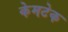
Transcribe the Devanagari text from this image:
केमटेक